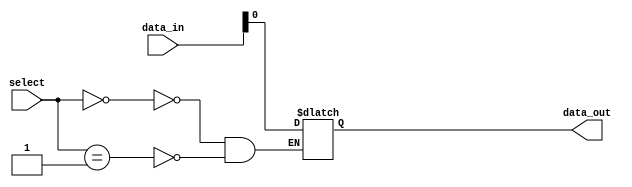
module IO_Buffer (
    input wire [7:0] data_in,
    input wire [1:0] select,
    output wire data_out
);

reg [7:0] buffer;

always @ (select) begin
    case (select)
        2'b00: data_out = buffer;
        2'b01: data_out = data_in;
    endcase
end

always @ (data_in) begin
    buffer = data_in;
end

endmodule